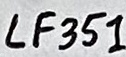
Text: LF351